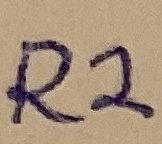
Text: R2